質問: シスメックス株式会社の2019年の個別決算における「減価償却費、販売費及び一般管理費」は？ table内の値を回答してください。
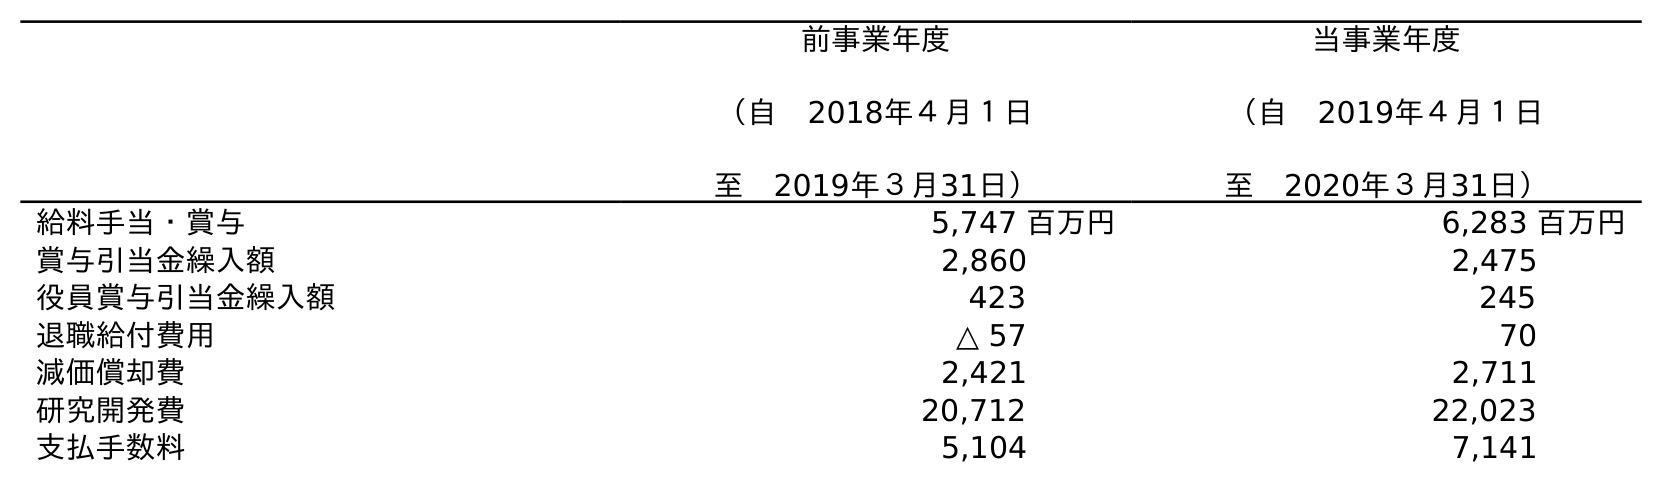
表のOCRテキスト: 前事業年度 （自 2018年４月１日 至 2019年３月31日） 当事業年度 （自 2019年４月１日 至 2020年３月31日） 給料手当・賞与 5,747 百万円 6,283 百万円 賞与引当金繰入額 2,860 2,475 役員賞与引当金繰入額 423 245 退職給付費用 △ 57 70 減価償却費 2,421 2,711 研究開発費 20,712 22,023 支払手数料 5,104 7,141
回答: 2,421